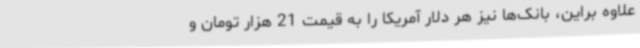
علاوه براین، بانک‌ها نیز هر دلار آمریکا را به قیمت 21 هزار تومان و